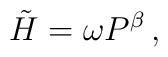
\tilde{H} = \omega P^\beta \, ,